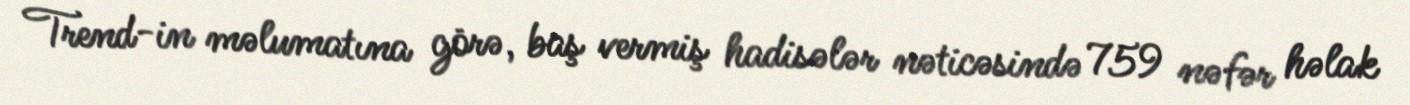
Trend-in məlumatına görə, baş vermiş hadisələr nəticəsində 759 nəfər həlak